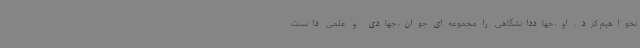
نخواهیم کرد. او، جهاددانشگاهی را مجموعه‌ای جوان، جهادی و علمی دانست